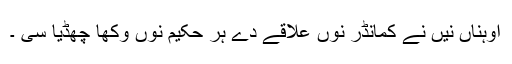
اوہناں نیں نے کمانڈر نوں علاقے دے ہر حکیم نوں وکھا چھڈیا سی ۔